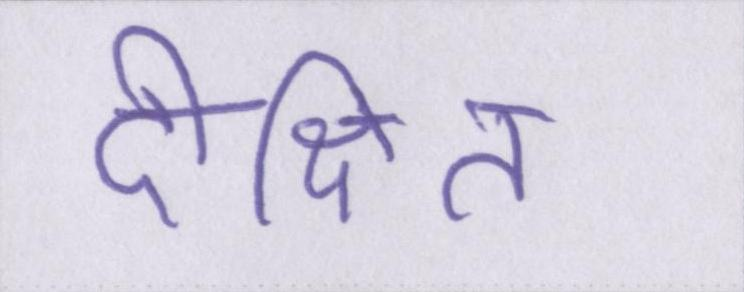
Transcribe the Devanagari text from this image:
दीक्षित